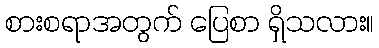
စားစရာအတွက် ပြေစာ ရှိသလား။